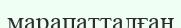
марапатталған